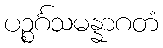
ပဉ္စင်္ဂသမန္နာဂတံ